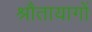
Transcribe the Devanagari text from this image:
श्रौतायागों